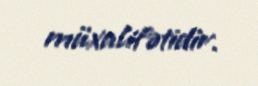
müxalifətidir.